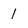
Character: 1